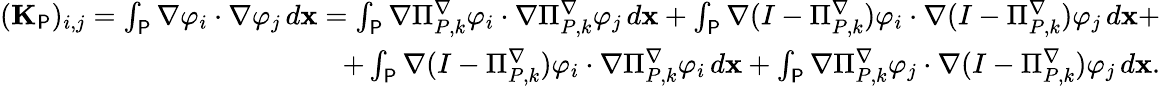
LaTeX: \begin{array}{r}{(\mathbf{K}_{\P})_{i,j}=\int_{\P}\nabla\varphi_{i}\cdot\nabla\varphi_{j}\, d\mathbf{x}=\int_{\P}\nabla\Pi_{{P},k}^{\nabla}\varphi_{i}\cdot\nabla\Pi_{{P},k}^{\nabla}\varphi_{j}\, d\mathbf{x}+\int_{\P}\nabla(I-\Pi_{{P},k}^{\nabla})\varphi_{i}\cdot\nabla(I-\Pi_{{P},k}^{\nabla})\varphi_{j}\, d\mathbf{x}+}\\ {+\int_{\P}\nabla(I-\Pi_{{P},k}^{\nabla})\varphi_{i}\cdot\nabla\Pi_{{P},k}^{\nabla}\varphi_{i}\, d\mathbf{x}+\int_{\P}\nabla\Pi_{{P},k}^{\nabla}\varphi_{j}\cdot\nabla(I-\Pi_{{P},k}^{\nabla})\varphi_{j}\, d\mathbf{x}.}\end{array}